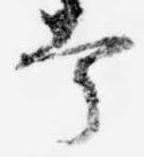
掌